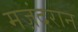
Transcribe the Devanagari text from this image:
मज़ंदरान